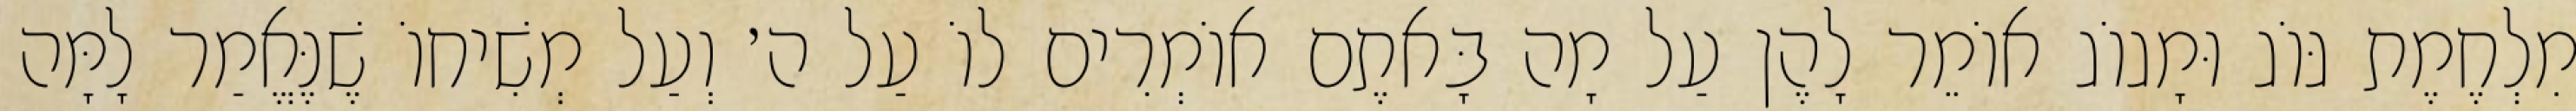
מִלְחֶמֶת גּוֹג וּמָגוֹג אוֹמֵר לָהֶן עַל מָה בָּאתֶם אוֹמְרִים לוֹ עַל ה׳ וְעַל מְשִׁיחוֹ שֶׁנֶּאֱמַר לָמָּה